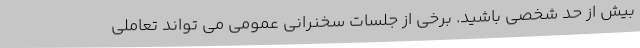
بیش از حد شخصی باشید. برخی از جلسات سخنرانی عمومی می تواند تعاملی